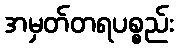
အမှတ်တရပစ္စည်း